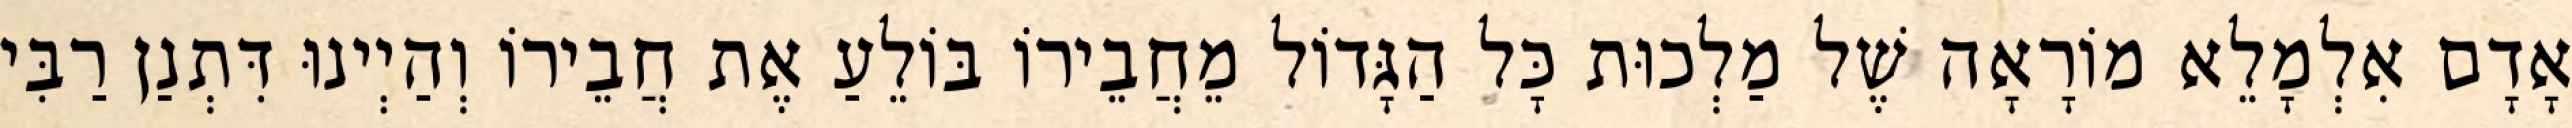
אָדָם אִלְמָלֵא מוֹרָאָה שֶׁל מַלְכוּת כָּל הַגָּדוֹל מֵחֲבֵירוֹ בּוֹלֵעַ אֶת חֲבֵירוֹ וְהַיְינוּ דִּתְנַן רַבִּי